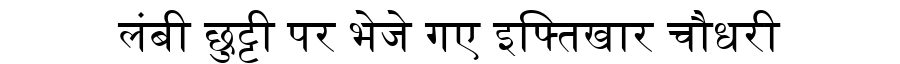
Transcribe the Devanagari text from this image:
लंबी छुट्टी पर भेजे गए इफ्तिखार चौधरी